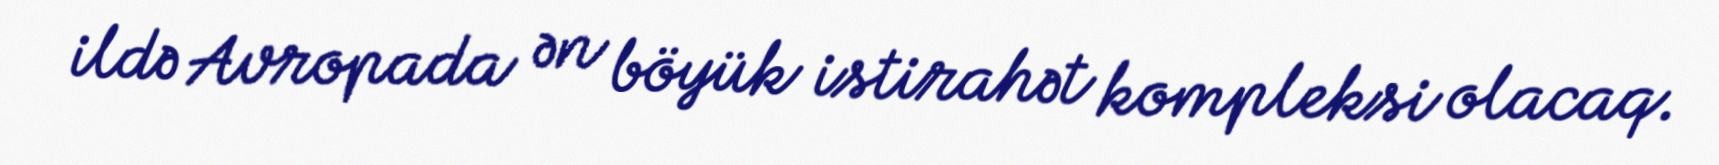
ildə Avropada ən böyük istirahət kompleksi olacaq.